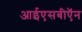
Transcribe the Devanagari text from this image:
आईएसबीऍन